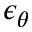
\epsilon _ { \theta }